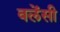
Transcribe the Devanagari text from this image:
वलेंसी